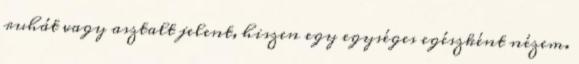
ruhát vagy asztalt jelent, hiszen egy egységes egészként nézem.